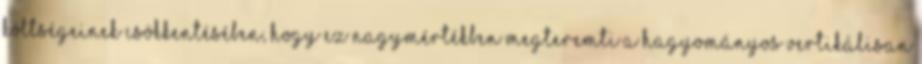
költségeinek csökkentésében, hogy ez nagymértékben megteremti a hagyományos vertikálisan